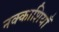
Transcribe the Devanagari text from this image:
नक्काशियाँ